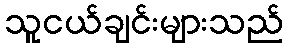
သူငယ်ချင်းများသည်